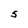
Character: S